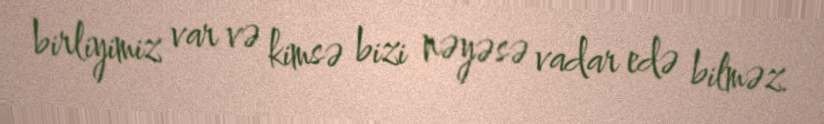
birliyimiz var və kimsə bizi nəyəsə vadar edə bilməz.